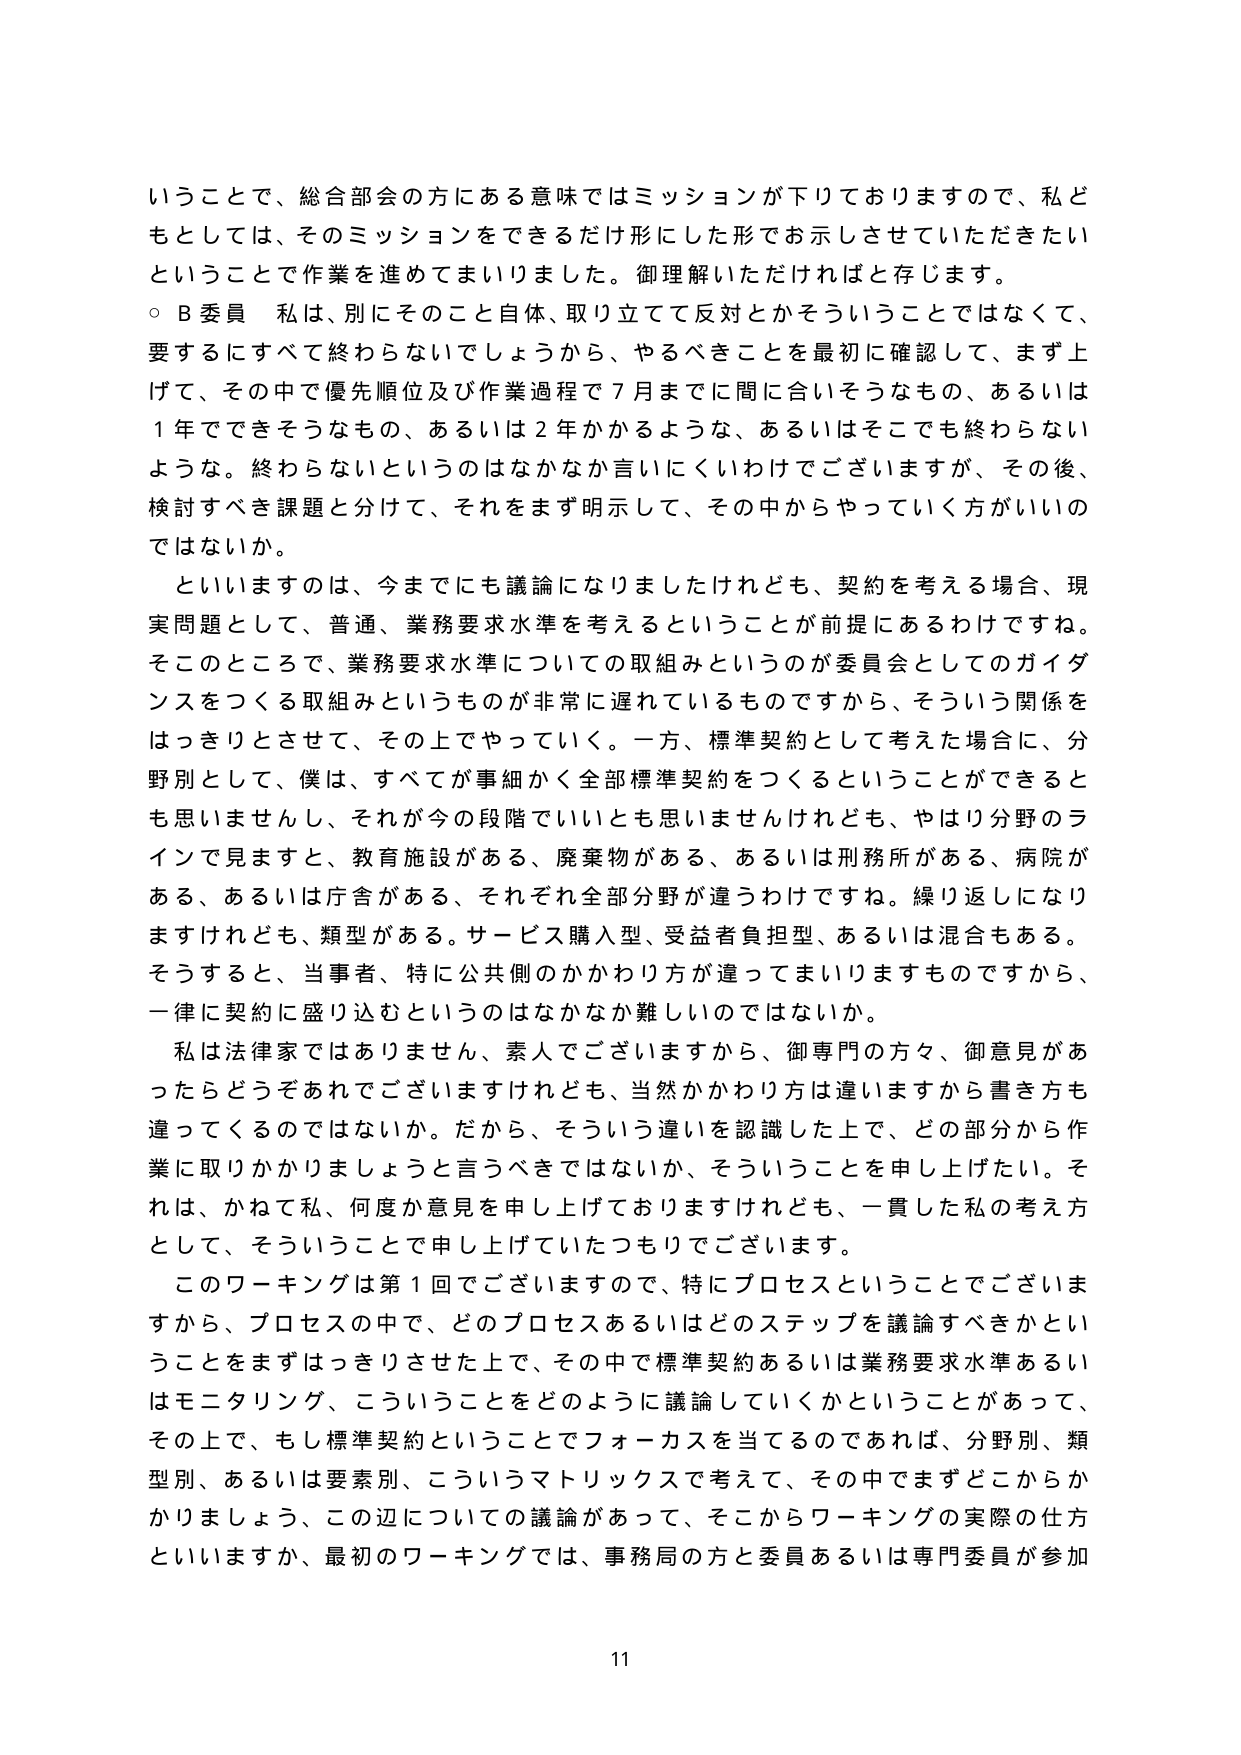
いうことで、総合部会の方にある意味ではミッションが下りておりますので、私どもとしては、そのミッションをできるだけ形にした形でお示しさせていただきたいということで作業を進めてまいりました。御理解いただければと存じます。

○ B委員 私は、別にそのこと自体、取り立てて反対とかそういうことではなくて、要するにすべて終わらないでしょうから、やるべきことを最初に確認して、まず上げて、その中で優先順位及び作業過程で７月までに間に合いそうなもの、あるいは１年でできそうなもの、あるいは２年かかるような、あるいはそこでも終わらないような。終わらないというのはなかなか言いにくいわけでございますが、その後、検討すべき課題と分けて、それをまず明示して、その中からやっていく方がいいのではないか。

といいますのは、今までにも議論になりましたけれども、契約を考える場合、現実問題として、普通、業務要求水準を考えるということが前提にあるわけですね。そのところで、業務要求水準についての取組みというのが委員会としてのガイダンスをつくる取組みというものが非常に遅れているものですから、そういう関係をはっきりとさせて、その上でやっていく。一方、標準契約として考えた場合に、分野別として、僕は、すべてが事細かく全部標準契約をつくるということができるとも思いませんし、それが今の段階でいいとも思いませんけれども、やはり分野のラインで見ますと、教育施設がある、廃棄物がある、あるいは刑務所がある、病院がある、あるいは庁舎がある、それぞれ全部分野が違うわけですね。繰り返しになりますけれども、類型がある。サービス購入型、受益者負担型、あるいは混合もある。そうすると、当事者、特に公共側のかかわり方が違ってまいりますものですから、一律に契約に盛り込むというのはなかなか難しいのではないか。

私は法律家ではありません、素人でございますから、御専門の方々、御意見があったらどうぞあれでございますけれども、当然かかわり方は違いますから書き方も違ってくるのではないかな。だから、そういう違いを認識した上で、どの部分から作業に取りかかりましょうと言うべきではないか、そういうことを申し上げたい。それは、かねて私、何度か意見を申し上げておりますけれども、一貫した私の考え方として、そういうことで申し上げていたつもりでございます。

このワーキングは第１回でございますので、特にプロセスということでございますから、プロセスの中で、どのプロセスあるいはどのステップを議論すべきかということをまずはっきりさせた上で、その中で標準契約あるいは業務要求水準あるいはモニタリング、こういうことをどのように議論していくかということがあって、その上で、もし標準契約ということでフォーカスを当てるのであれば、分野別、類型別、あるいは要素別、こういうマトリックスで考えて、その中でまずどこからかかしましょう、この辺についての議論があって、そこからワーキングの実際の仕方といいますか、最初のワーキングでは、事務局の方と委員あるいは専門委員が参加

11